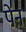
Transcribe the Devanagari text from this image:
पेंन